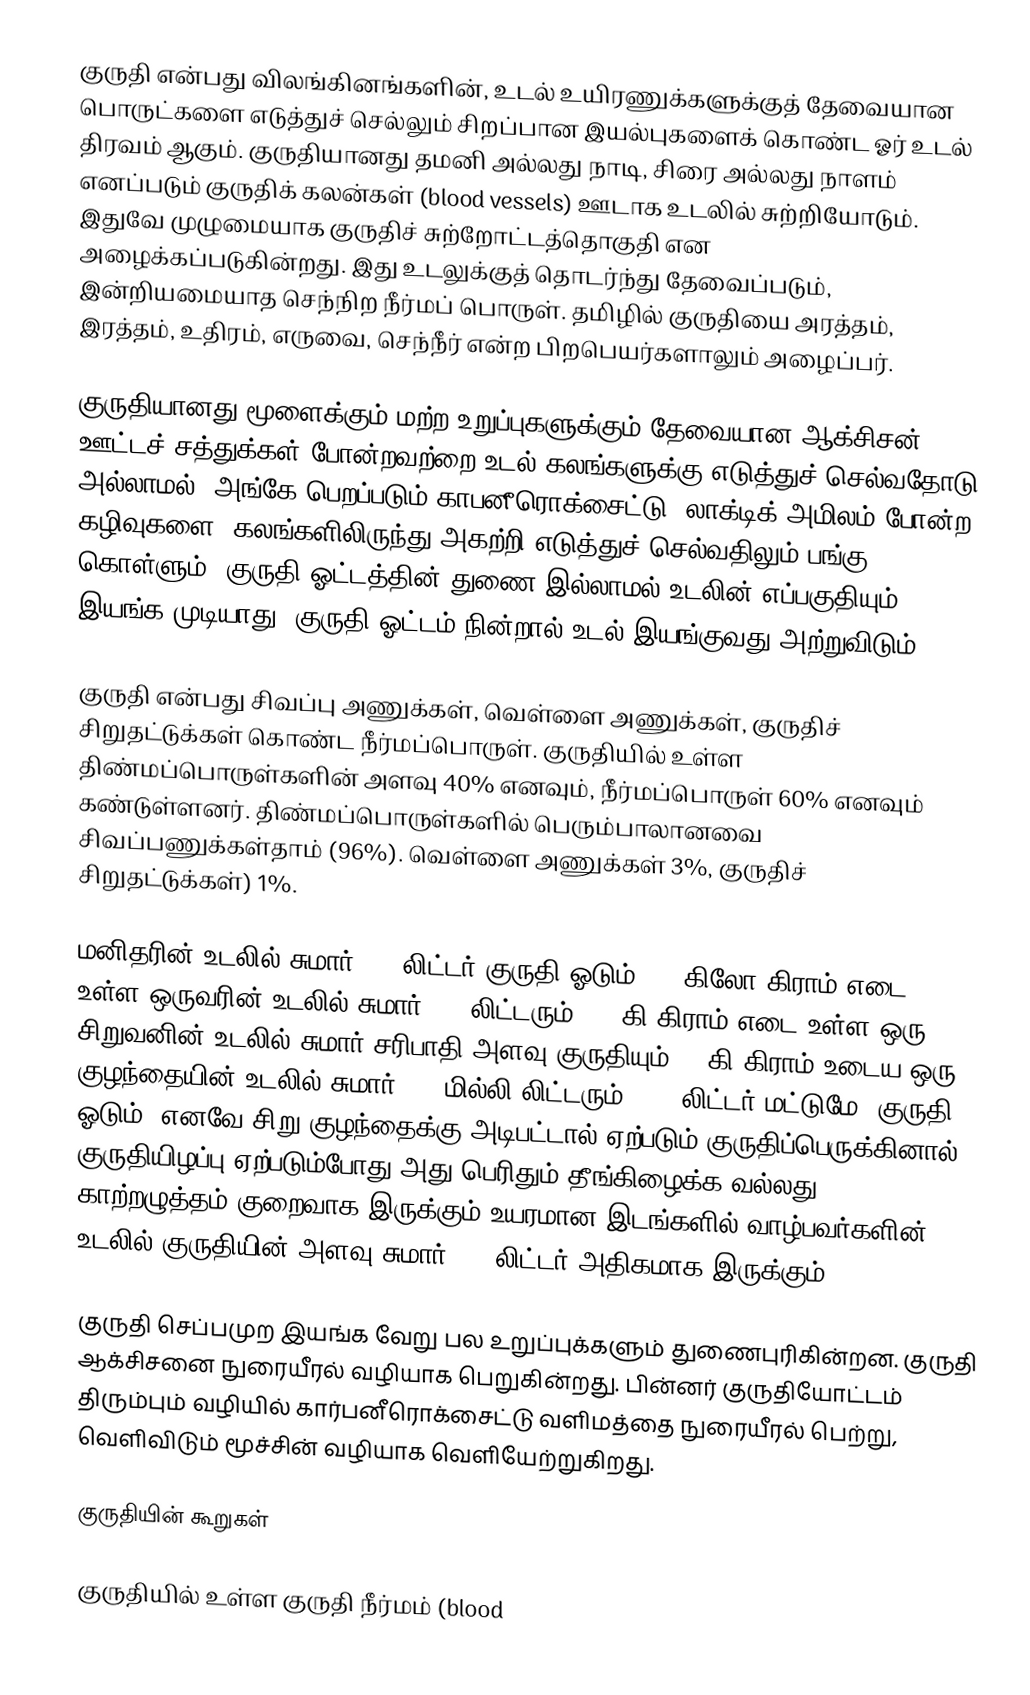
குருதி என்பது விலங்கினங்களின், உடல் உயிரணுக்களுக்குத் தேவையான பொருட்களை எடுத்துச் செல்லும் சிறப்பான இயல்புகளைக் கொண்ட ஓர் உடல் திரவம் ஆகும். குருதியானது தமனி அல்லது நாடி, சிரை அல்லது நாளம் எனப்படும் குருதிக் கலன்கள் (blood vessels) ஊடாக உடலில் சுற்றியோடும். இதுவே முழுமையாக குருதிச் சுற்றோட்டத்தொகுதி என அழைக்கப்படுகின்றது. இது உடலுக்குத் தொடர்ந்து தேவைப்படும், இன்றியமையாத செந்நிற நீர்மப் பொருள். தமிழில் குருதியை அரத்தம், இரத்தம், உதிரம், எருவை, செந்நீர் என்ற பிறபெயர்களாலும் அழைப்பர்.

குருதியானது மூளைக்கும் மற்ற உறுப்புகளுக்கும் தேவையான ஆக்சிசன், ஊட்டச் சத்துக்கள் போன்றவற்றை உடல் கலங்களுக்கு எடுத்துச் செல்வதோடு அல்லாமல், அங்கே பெறப்படும் காபனீரொக்சைட்டு, லாக்டிக் அமிலம் போன்ற கழிவுகளை, கலங்களிலிருந்து அகற்றி எடுத்துச் செல்வதிலும் பங்கு கொள்ளும். குருதி ஓட்டத்தின் துணை இல்லாமல் உடலின் எப்பகுதியும் இயங்க முடியாது. குருதி ஓட்டம் நின்றால் உடல் இயங்குவது அற்றுவிடும்.

குருதி என்பது சிவப்பு அணுக்கள், வெள்ளை அணுக்கள், குருதிச் சிறுதட்டுக்கள் கொண்ட நீர்மப்பொருள். குருதியில் உள்ள திண்மப்பொருள்களின் அளவு 40% எனவும், நீர்மப்பொருள் 60% எனவும் கண்டுள்ளனர். திண்மப்பொருள்களில் பெரும்பாலானவை சிவப்பணுக்கள்தாம் (96%). வெள்ளை அணுக்கள் 3%, குருதிச் சிறுதட்டுக்கள்) 1%.

மனிதரின் உடலில் சுமார் 4-5 லிட்டர் குருதி ஓடும். 72 கிலோ கிராம் எடை உள்ள ஒருவரின் உடலில் சுமார் 4.5 லிட்டரும், 36 கி.கிராம் எடை உள்ள ஒரு சிறுவனின் உடலில் சுமார் சரிபாதி அளவு குருதியும், 4 கி.கிராம் உடைய ஒரு குழந்தையின் உடலில் சுமார் 300 மில்லி லிட்டரும் (0.3 லிட்டர் மட்டுமே) குருதி ஓடும். எனவே சிறு குழந்தைக்கு அடிபட்டால் ஏற்படும் குருதிப்பெருக்கினால் குருதியிழப்பு ஏற்படும்போது அது பெரிதும் தீங்கிழைக்க வல்லது. காற்றழுத்தம் குறைவாக இருக்கும் உயரமான இடங்களில் வாழ்பவர்களின் உடலில் குருதியின் அளவு சுமார் 1.9 லிட்டர் அதிகமாக இருக்கும்.

குருதி செப்பமுற இயங்க வேறு பல உறுப்புக்களும் துணைபுரிகின்றன. குருதி ஆக்சிசனை நுரையீரல் வழியாக பெறுகின்றது. பின்னர் குருதியோட்டம் திரும்பும் வழியில் கார்பனீரொக்சைட்டு வளிமத்தை நுரையீரல் பெற்று, வெளிவிடும் மூச்சின் வழியாக வெளியேற்றுகிறது.

குருதியின் கூறுகள்

குருதியில் உள்ள குருதி நீர்மம் (blood